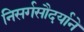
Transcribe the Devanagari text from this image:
निसर्गसौदर्याने